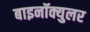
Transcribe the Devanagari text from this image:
बाइनॉक्युलर